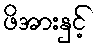
ဖိအားနှင့်